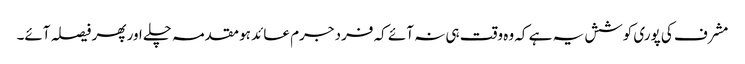
مشرف کی پوری کوشش یہ ہے کہ وہ وقت ہی نہ آئے کہ فرد جرم عائد ہو مقدمہ چلے اور پھر فیصلہ آئے۔